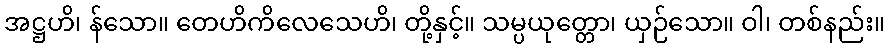
အဋ္ဌဟိ၊ န်သော။ တေဟိကိလေသေဟိ၊ တို့နှင့်။ သမ္ပယုတ္တော၊ ယှဉ်သော။ ဝါ၊ တစ်နည်း။